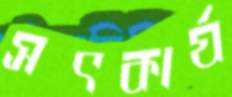
সৎকার্য